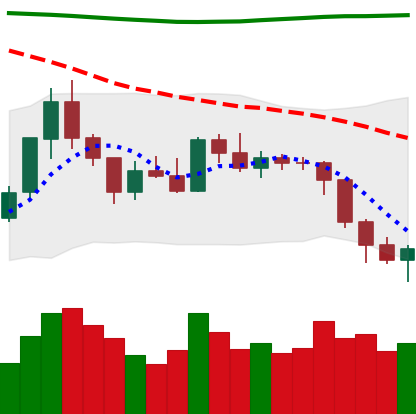
Ticker: ETH-USD
Chart end date: 2018-08-03
Forward return: -14.739%
Label: down_7plus